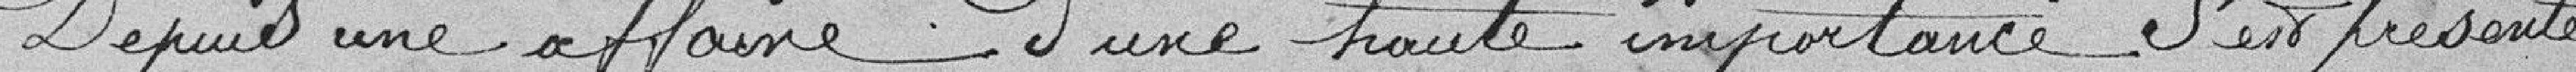
Depuis une affaire d'une haute importance s'est présentée